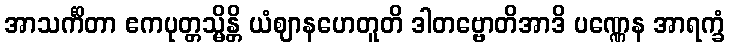
အာသင်္ကိတာ ဧကပုတ္တသ္မိန္တိ ယံဈာနဟေတူတိ ဒါတဗ္ဗောတိအာဒိ ပဏ္ဏေန အာရက္ခံ